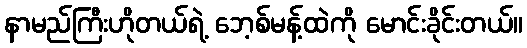
နာမည်ကြီးဟိုတယ်ရဲ့ ဘေ့စ်မန့်ထဲကို မောင်းခိုင်းတယ်။